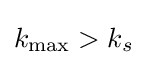
k_{\text{max}}>k_{s}